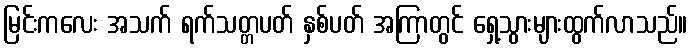
မြင်းကလေး အသက် ရက်သတ္တပတ် နှစ်ပတ် အကြာတွင် ရှေ့သွားများထွက်လာသည်။